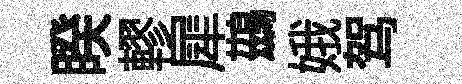
睽轇犀鷀娥驾